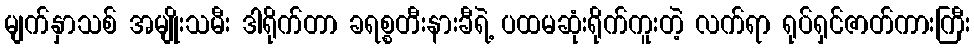
မျက်နှာသစ် အမျိုးသမီး ဒါရိုက်တာ ခရစ္စတီးနားခီရဲ့ ပထမဆုံးရိုက်ကူးတဲ့ လက်ရာ ရုပ်ရှင်ဇာတ်ကားကြီး